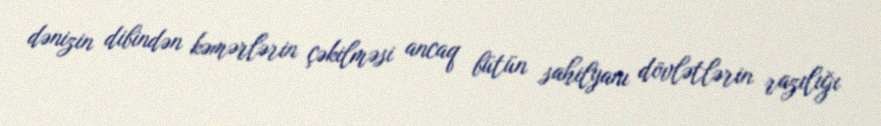
dənizin dibindən kəmərlərin çəkilməsi ancaq bütün sahilyanı dövlətlərin razılığı